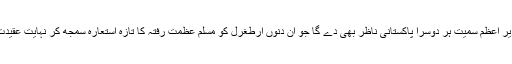
اس کی گواہی تو وزیر اعظم سمیت ہر دوسرا پاکستانی ناظر بھی دے گا جو ان دنوں ارطغرل کو مسلم عظمت رفتہ کا تازہ استعارہ سمجھ کر نہایت عقیدت سے دیکھ رہا ہے۔